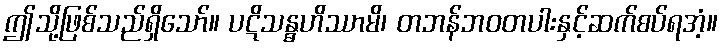
ဤသို့ဖြစ်သည်ရှိသော်။ ပဋိသန္ဓဟိဿာမိ၊ တဘန်ဘဝတပါးနှင့်ဆက်စပ်ရအံ့။